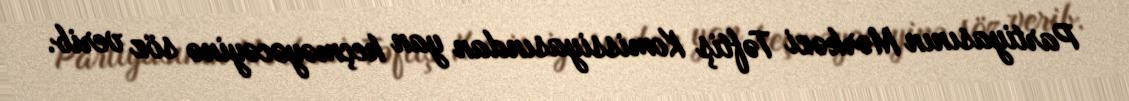
Partiyasının Mərkəzi Təftiş Komissiyasından yan keçməyəcəyinə söz verib.